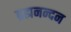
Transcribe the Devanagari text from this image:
ब्रह्मनन्दन